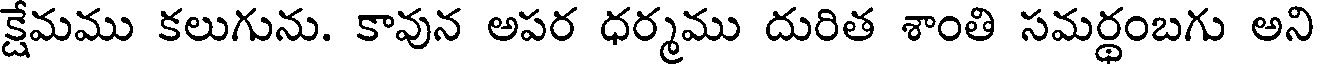
క్షేమము కలుగును. కావున అపర ధర్మము దురిత శాంతి సమర్థంబగు అని